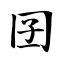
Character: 囝